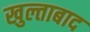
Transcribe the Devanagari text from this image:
खुल्ताबाद